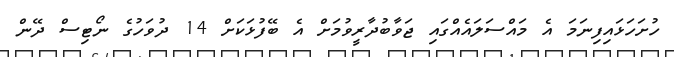
ހުށަހަޅައިފިނަމަ އެ މައްސަލައެއްގައި ޖަވާބުދާރީވުމަށް އެ ބޭފުޅަކަށް 14 ދުވަހުގެ ނޯޓިސް ދޭން